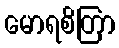
မောရစိတြာ